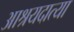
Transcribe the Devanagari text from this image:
आश्रयदात्या